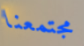
مجتمعنا